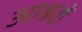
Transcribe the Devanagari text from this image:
आश्रवों